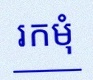
រកមុំ